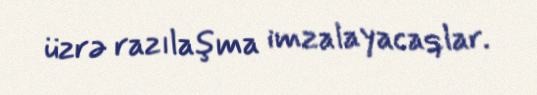
üzrə razılaşma imzalayacaqlar.